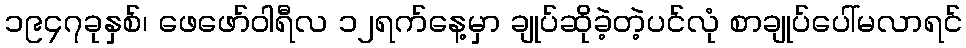
၁၉၄၇ခုနှစ်၊ ဖေဖော်ဝါရီလ ၁၂ရက်နေ့မှာ ချုပ်ဆိုခဲ့တဲ့ပင်လုံ စာချုပ်ပေါ်မလာရင်